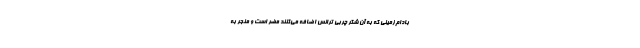
بادام‌زمینی که به آن شکر چربی ترانس اضافه می‌کنند مضر است و منجر به